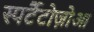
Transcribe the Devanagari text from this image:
स्पर्टैटोज़ोआ